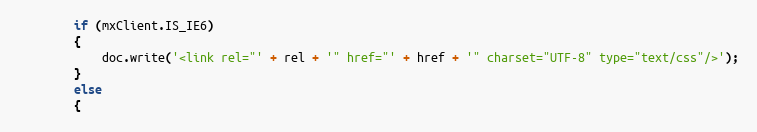
Language: JavaScript
		if (mxClient.IS_IE6)
		{
			doc.write('<link rel="' + rel + '" href="' + href + '" charset="UTF-8" type="text/css"/>');
		}
		else
		{